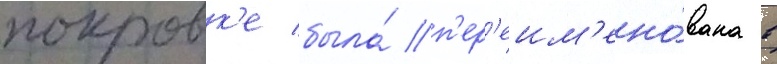
покровк'е была́ п'ер'еим'ено́вана в